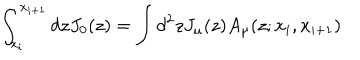
\int _ { x _ { i } } ^ { x _ { i + 1 } } d z J _ { 0 } ( z ) = \int d ^ { 2 } z J _ { \mu } ( z ) A _ { \mu } ( z ; x _ { i } , x _ { i + 1 } )